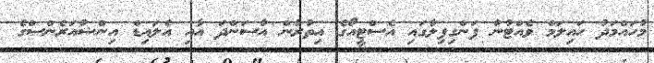
މުހައްމަދު ހައިލަމް ވެއްޓުނު ފަންގިފިލާގައި އެސްޓީއޯގެ އިތުރުން އާސަންދަ އާއި އެލައިޑް އިންޝުއަރެންސްގެ